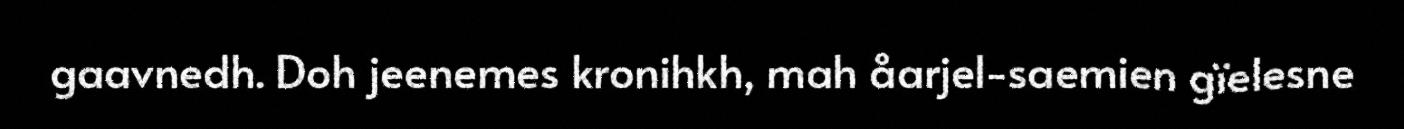
gaavnedh. Doh jeenemes kronihkh, mah åarjel-saemien gïelesne